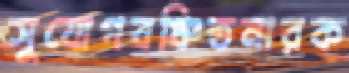
সুযোগবঞ্চিতনারক